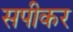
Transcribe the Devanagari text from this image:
सपीकर